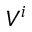
V ^ { i }